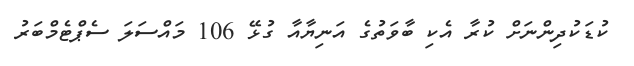
ކުޑަކުދިންނަށް ކުރާ އެކި ބާވަތުގެ އަނިޔާއާ ގުޅޭ 106 މައްސަލަ ސެޕްޓެމްބަރު